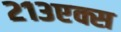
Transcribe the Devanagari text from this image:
२१३एक्स